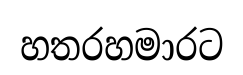
හතරහමාරට